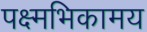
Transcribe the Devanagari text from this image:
पक्ष्मभिकामय